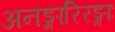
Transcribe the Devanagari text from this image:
अनङ्गारिरङ्गाः